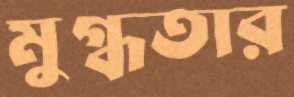
মুগ্ধতার